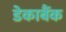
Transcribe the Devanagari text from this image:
डेकाबैंक